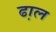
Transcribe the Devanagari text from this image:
ढा़ल